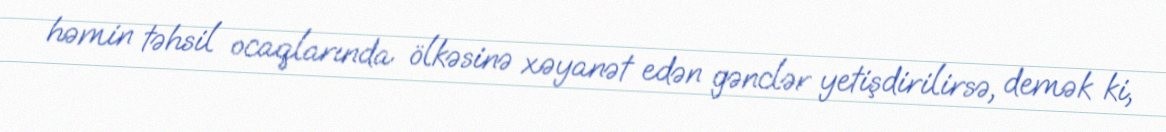
həmin təhsil ocaqlarında ölkəsinə xəyanət edən gənclər yetişdirilirsə, demək ki,